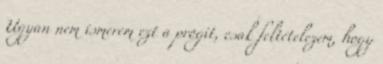
Ugyan nem ismerem ezt a progit, csak feltételezem, hogy